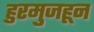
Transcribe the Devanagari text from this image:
हुरमुजहून